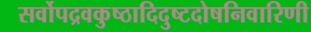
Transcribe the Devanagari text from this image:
सर्वोपद्रवकुष्ठादिदुष्टदोषनिवारिणी